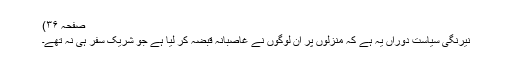
صفحہ ۳۶)
نیرنگی سیاست دوراں یہ ہے کہ منزلوں پر ان لوگوں نے غاصبانہ قبضہ کر لیا ہے جو شریک سفر ہی نہ تھے۔